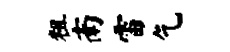
粗南雷乞